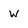
Character: W